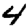
Digit: 4